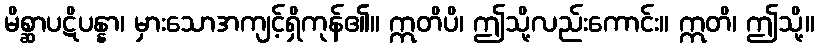
မိစ္ဆာပဋိပန္နာ၊ မှားသောအကျင့်ရှိကုန်၏။ ဣတိပိ၊ ဤသို့လည်းကောင်း။ ဣတိ၊ ဤသို့။